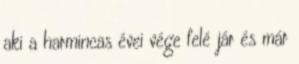
aki a harmincas évei vége felé jár és már